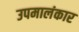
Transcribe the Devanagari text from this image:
उपमालंकार